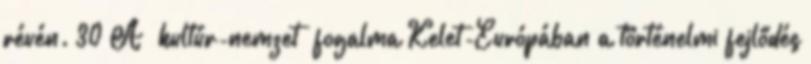
révén. 30 A „kultúr-nemzet” fogalma Kelet-Európában a történelmi fejlődés